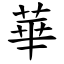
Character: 華